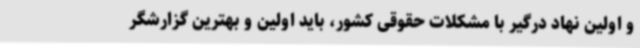
و اولین نهاد درگیر با مشکلات حقوقی کشور، باید اولین و بهترین گزارشگر